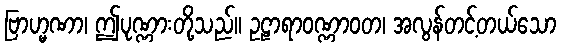
ဗြာဟ္မဏာ၊ ဤပုဏ္ဏားတို့သည်။ ဥဠာရာဝဏ္ဏာဝတ၊ အလွန်တင့်တယ်သော